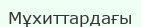
Мұхиттардағы